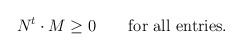
\begin{align*}N^t \cdot M \ge 0 \qquad \mbox{for all entries.}\end{align*}